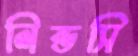
লিন্ডসি